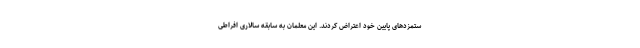
ستمزدهای پایین خود اعتراض کردند. این معلمان به سابقه سالاری افراطی